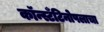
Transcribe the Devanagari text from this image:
कॉन्स्टँटिनोपलाचा